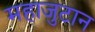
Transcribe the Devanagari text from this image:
महाजुटान